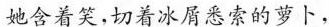
她含着笑，切着冰屑悉索的萝卜，